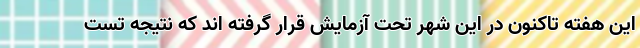
این هفته تاکنون در این شهر تحت آزمایش قرار گرفته اند که نتیجه تست